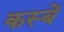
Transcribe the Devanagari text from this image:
कस्‍बें